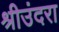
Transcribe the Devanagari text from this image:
श्रीउंदरा